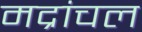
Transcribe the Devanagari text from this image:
मद्रांचल